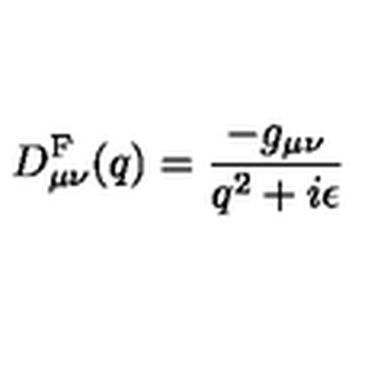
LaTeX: D _ { \mu \nu } ^ { \mathrm { F } } ( q ) = \frac { - g _ { \mu \nu } } { q ^ { 2 } + i \epsilon }